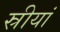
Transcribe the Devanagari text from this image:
स्रीयां